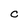
Character: C